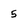
Character: 5